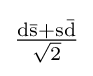
\mathrm {\tfrac {d{\bar {s}}+s{\bar {d}}}{\sqrt {2}}}